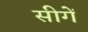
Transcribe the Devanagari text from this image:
सीगें